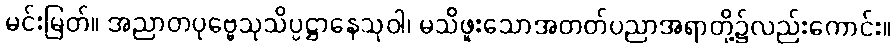
မင်းမြတ်။ အညာတပုဗ္ဗေသုသိပ္ပဋ္ဌာနေသုဝါ၊ မသိဖူးသောအတတ်ပညာအရာတို့၌လည်းကောင်း။